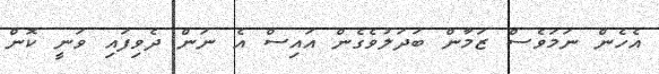
އެހެން ނަމަވެސް ޒަމާން ބަދަލުވެގެން އައިސް އެ ނަން ދެވިފައި ވަނީ ކޮން